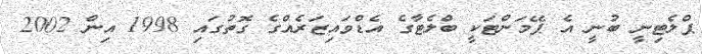
ޕްލެޓިނީ ބުނީ އެ ޕޭމަންޓަކީ ބްލެޓާގެ އެޑްވައިޒަރެއްގެ ގޮތުގައި 1998 އިން 2002